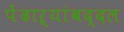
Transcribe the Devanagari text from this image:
पेंढाऱ्यांबद्दल